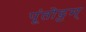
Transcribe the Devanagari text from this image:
पूंतोट्टम्